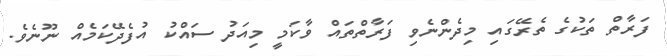
ފަރާތް ތަކުގެ ތެރޭގައި މިދެންނެވި ފަރާތްތައް ވާކަމީ މިއަދު ސައްކު އުފެދޭކަމެއް ނޫނެވެ.